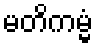
မတိကမ္မံ